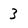
Character: 3